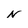
Character: N